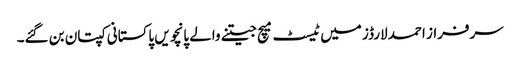
سرفراز احمد لارڈز میں ٹیسٹ میچ جیتنے والے پانچویں پاکستانی کپتان بن گئے۔